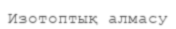
Изотоптық алмасу